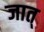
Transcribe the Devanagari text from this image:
जात्